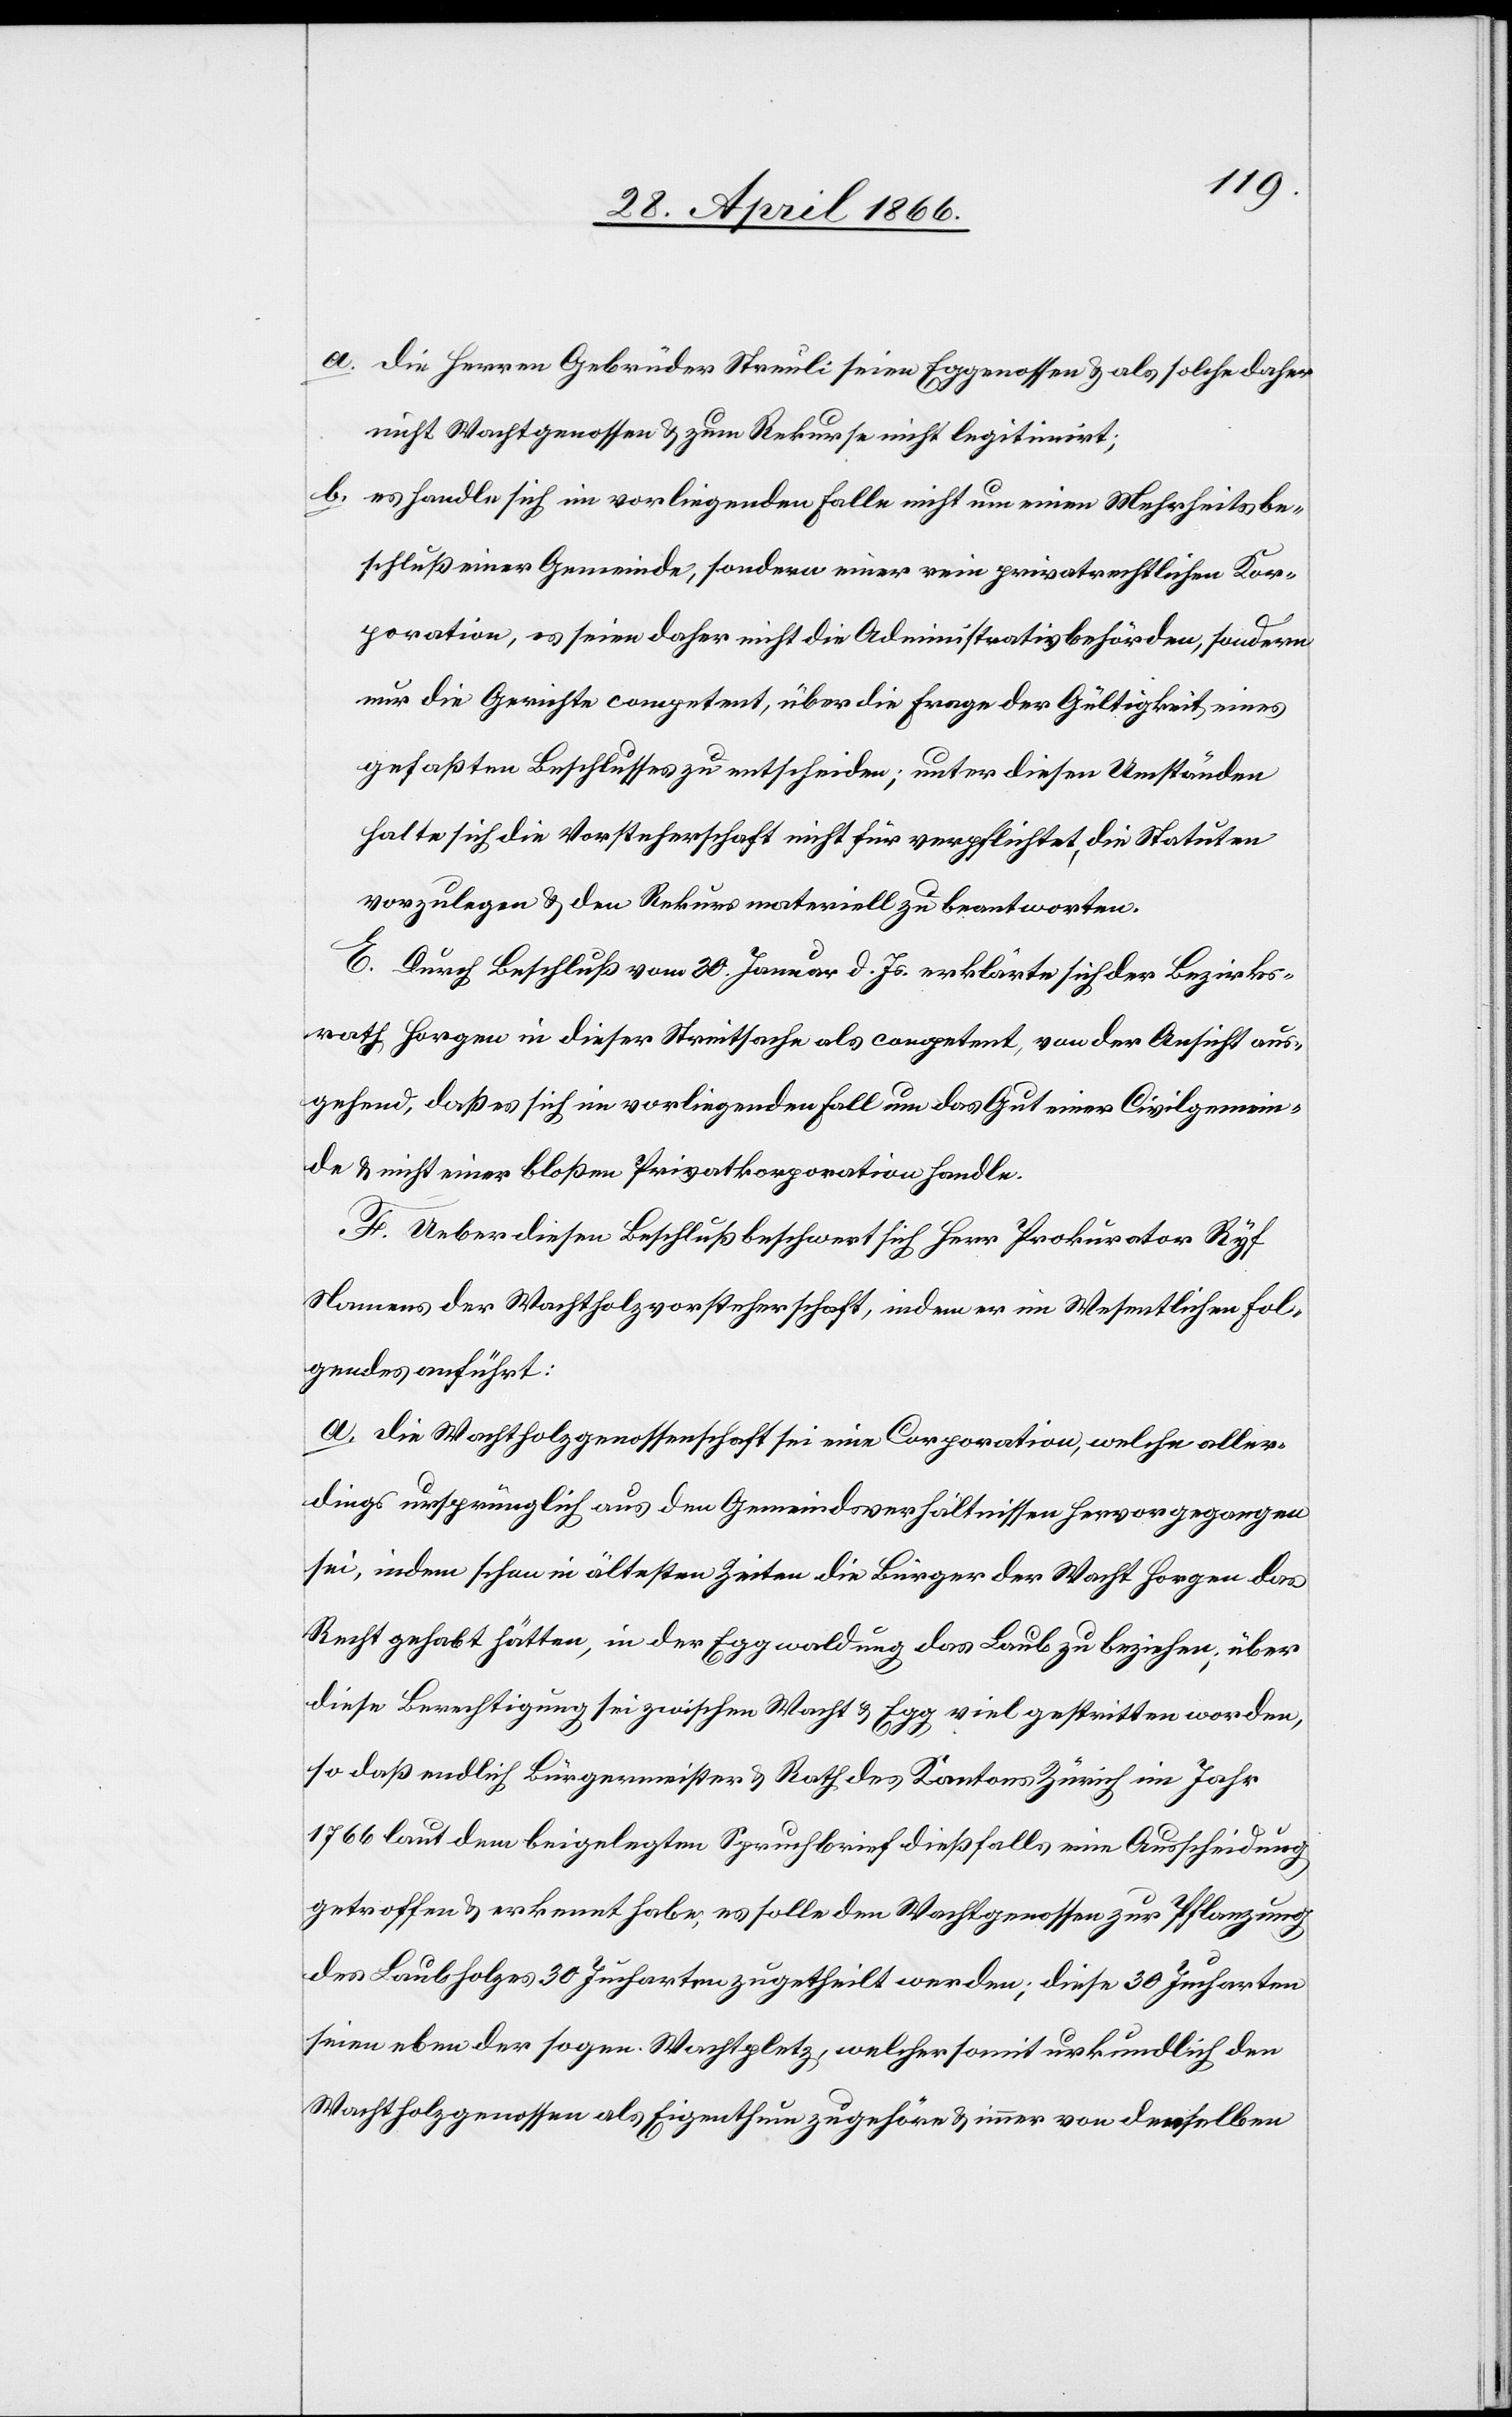
a. die Herren Gebrüder Streuli seien Eggenossen u. als solche daher
nicht Wachtgenossen u. zum Rekurse nicht legitimirt;
b. es handle sich im vorliegenden Falle nicht um einen Mehrheitsbe¬
schluß einer Gemeinde, sondern einer rein privatrechtlichen Kor¬
poration, es seien daher nicht die Administrativbehörden, sondern
nur die Gerichte competent, über die Frage der Gültigkeit eines
gefaßten Beschlusses zu entscheiden; unter diesen Umständen
halte sich die Vorsteherschaft nicht für verpflichtet, die Statuten
vorzulegen u. den Rekurs materiell zu beantworten.
E. Durch Beschluß vom 30. Januar d. Js. erklärte sich der Bezirks¬
rath Horgen in dieser Streitfrage als competent, von der Ansicht aus¬
gehend, daß es sich im vorliegenden Fall um das Gut einer Civilgemein¬
de u. nicht einer bloßen Privatkorporation handle.
F. Ueber diesen Beschluß beschwert sich Herr Prokurator Ryf
Namens der Wachtholzvorsteherschaft, indem er im Wesentlichen fol¬
gendes anführt:
a. die Wachtholzvorsteherschaft sei eine Corporation, welche aller¬
dings ursprünglich aus den Gemeindsverhältnissen hervorgegangen
sei, indem schon in ältesten Zeiten die Bürger der Wacht Horgen das
Recht gehabt hätten, in der Eggwaldung das Laub zu beziehen; über
diese Berechtigung sei zwischen Wacht u. Egg viel gestritten worden,
so daß endlich Bürgermeister u. Rath des Kantons Zürich im Jahr
1766 laut dem beigelegten Spruchbrief dießfalls eine Ausscheidung
getroffen u. erkannt habe, es solle den Wachtgenossen zur Pflanzung
des Laubholzes 30 Jucharten zugetheilt werden; diese 30 Jucharten
seien eben der sogen. Wachtpletz, welcher somit urkundlich den
Wachtgenossen als Eigenthum zugehöre u. immer von denselben